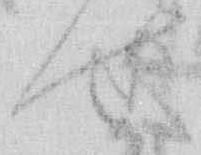
せ